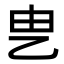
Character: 㐕